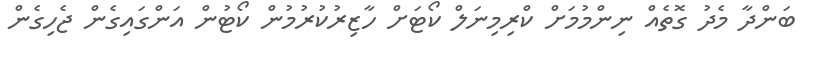
ބަންދާ މެދު ގޮތެއް ނިންމުމަށް ކްރިމިނަލް ކޯޓަށް ހާޒިރުކުރުމުން ކޯޓުން އަންގައިގެން ޖެހިގެން